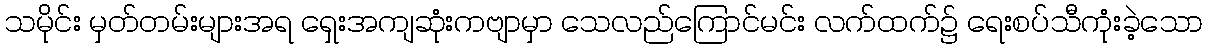
သမိုင်း မှတ်တမ်းများအရ ရှေးအကျဆုံးကဗျာမှာ သေလည်ကြောင်မင်း လက်ထက်၌ ရေးစပ်သီကုံးခဲ့သော